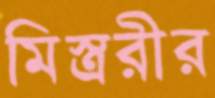
মিস্ত্ররীর